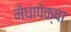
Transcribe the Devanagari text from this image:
मेघापेक्षा